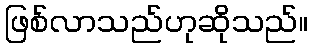
ဖြစ်လာသည်ဟုဆိုသည်။